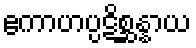
ဧကာဟပ္ပဋိစ္ဆန္နာယ